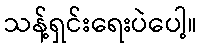
သန့်ရှင်းရေးပဲပေါ့။